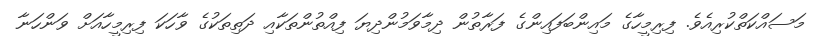
މަސައްކަތްކުރިއެވެ. ފިރިމީހާގެ މައިންބަފައިންގެ ފަރާތުން ދިމާވަމުންދިޔަ ފިއްތުންތަކާއި ދަތިތަކުގެ ވާހަކަ ފިިރިމީހާއަށް ވަންހަނާ